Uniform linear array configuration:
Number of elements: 12
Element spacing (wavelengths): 1
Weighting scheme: hamming
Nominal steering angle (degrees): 15
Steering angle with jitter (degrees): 13.232
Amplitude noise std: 0.05
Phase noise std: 0.05

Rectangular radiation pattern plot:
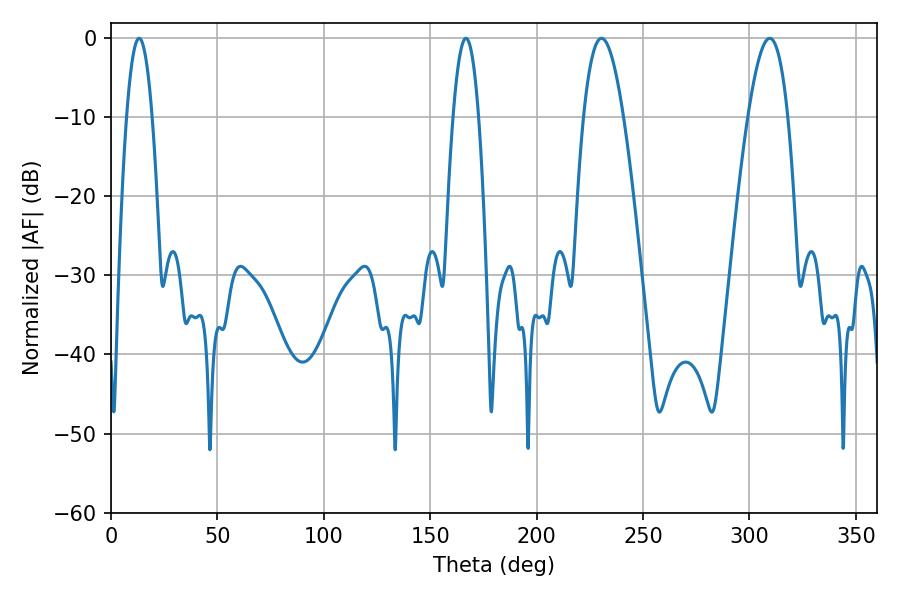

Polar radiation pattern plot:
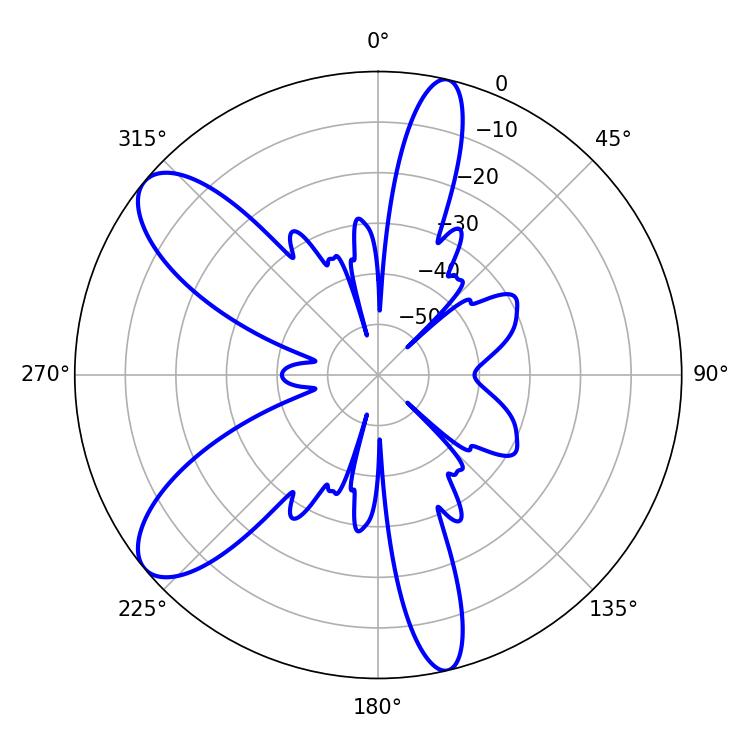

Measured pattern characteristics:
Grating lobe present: TRUE
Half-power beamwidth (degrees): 10.08
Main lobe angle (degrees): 230.4